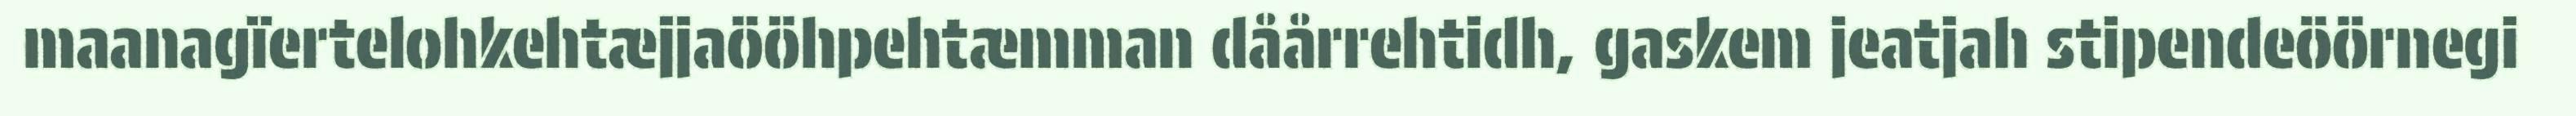
maanagïertelohkehtæjjaööhpehtæmman dåårrehtidh, gaskem jeatjah stipendeöörnegi